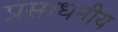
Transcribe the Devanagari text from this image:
प्रसाधनीय